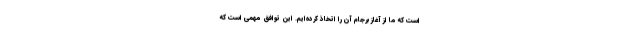
است که ما از آغاز برجام آن را اتخاذ کرده‌ایم. این توافق مهمی است که